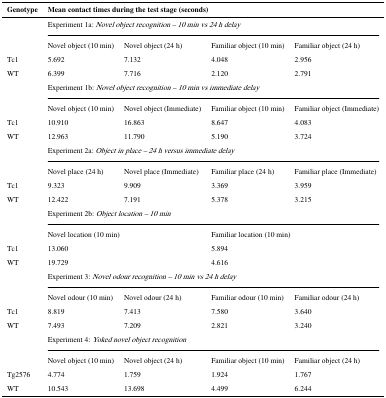
<table><thead><tr><td><b>Genotype</b></td><td colspan="4"><b>Mean contact times during the test stage (seconds)</b></td></tr></thead><tbody><tr><td></td><td colspan="4">Experiment 1a: <i>Novel object recognition – 10 min vs 24 h delay</i></td></tr><tr><td></td><td>Novel object (10 min)</td><td>Novel object (24 h)</td><td>Familiar object (10 min)</td><td>Familiar object (24 h)</td></tr><tr><td>Tc1</td><td>5.692</td><td>7.132</td><td>4.048</td><td>2.956</td></tr><tr><td>WT</td><td>6.399</td><td>7.716</td><td>2.120</td><td>2.791</td></tr><tr><td></td><td colspan="4">Experiment 1b: <i>Novel object recognition – 10 min vs immediate delay</i></td></tr><tr><td></td><td>Novel object (10 min)</td><td>Novel object (Immediate)</td><td>Familiar object (10 min)</td><td>Familiar object (Immediate)</td></tr><tr><td>Tc1</td><td>10.910</td><td>16.863</td><td>8.647</td><td>4.083</td></tr><tr><td>WT</td><td>12.963</td><td>11.790</td><td>5.190</td><td>3.724</td></tr><tr><td></td><td colspan="4">Experiment 2a: <i>Object in place – 24 h versus immediate delay</i></td></tr><tr><td></td><td>Novel place (24 h)</td><td>Novel place (Immediate)</td><td>Familiar place (24 h)</td><td>Familiar place (Immediate)</td></tr><tr><td>Tc1</td><td>9.323</td><td>9.909</td><td>3.369</td><td>3.959</td></tr><tr><td>WT</td><td>12.422</td><td>7.191</td><td>5.378</td><td>3.215</td></tr><tr><td></td><td colspan="4">Experiment 2b: <i>Object location – 10 min</i></td></tr><tr><td></td><td colspan="2">Novel location (10 min)</td><td colspan="2">Familiar location (10 min)</td></tr><tr><td>Tc1</td><td>13.060</td><td></td><td>5.894</td><td></td></tr><tr><td>WT</td><td>19.729</td><td></td><td>4.616</td><td></td></tr><tr><td></td><td colspan="4">Experiment 3: <i>Novel odour recognition – 10 min vs 24 h delay</i></td></tr><tr><td></td><td>Novel odour (10 min)</td><td>Novel odour (24 h)</td><td>Familiar odour (10 min)</td><td>Familiar odour (24 h)</td></tr><tr><td>Tc1</td><td>8.819</td><td>7.413</td><td>7.580</td><td>3.640</td></tr><tr><td>WT</td><td>7.493</td><td>7.209</td><td>2.821</td><td>3.240</td></tr><tr><td></td><td colspan="4">Experiment 4: <i>Yoked novel object recognition</i></td></tr><tr><td></td><td>Novel object (10 min)</td><td>Novel object (24 h)</td><td>Familiar object (10 min)</td><td>Familiar object (24 h)</td></tr><tr><td>Tg2576</td><td>4.774</td><td>1.759</td><td>1.924</td><td>1.767</td></tr><tr><td>WT</td><td>10.543</td><td>13.698</td><td>4.499</td><td>6.244</td></tr></tbody></table>